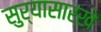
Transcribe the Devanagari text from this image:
सुर्यासारखे